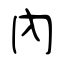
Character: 內